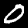
Digit: 0